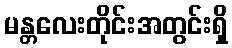
မန္တလေးတိုင်းအတွင်းရှိ